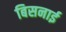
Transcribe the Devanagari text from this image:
बिसनाई